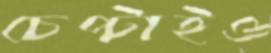
চেপ্‌টাইও